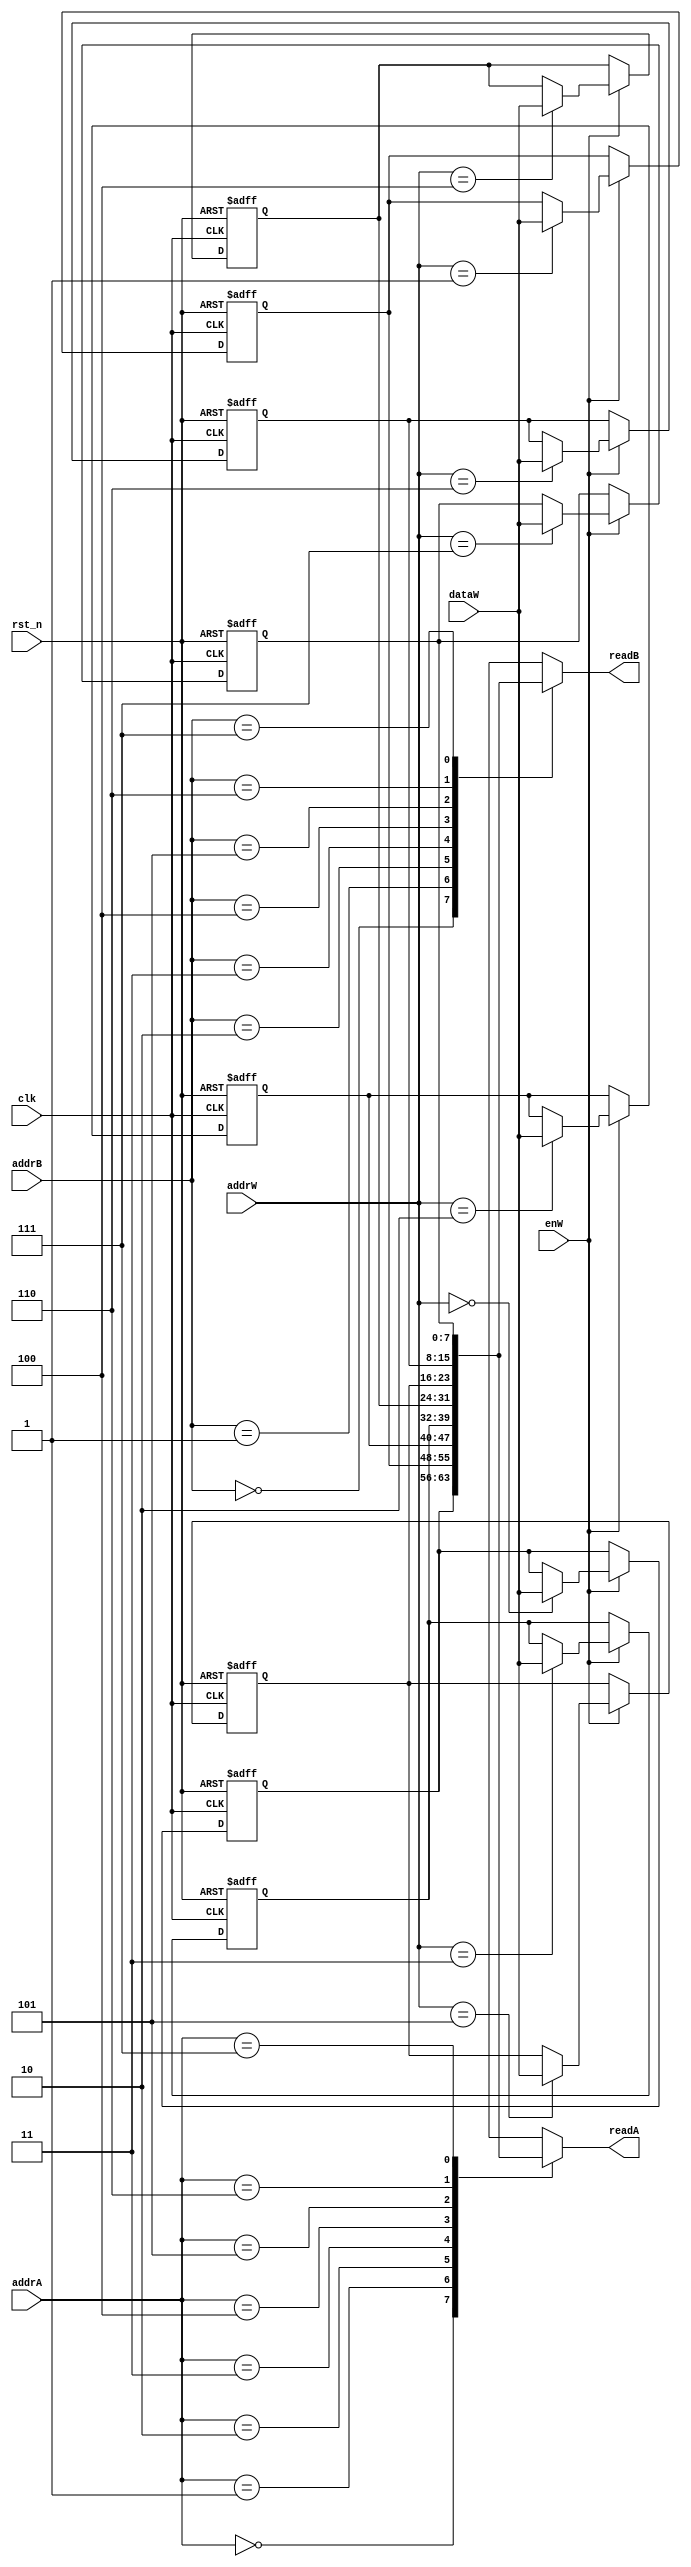
module RegisterFile(
  input  wire          clk,
  input  wire          rst_n,
  input  wire          enW,
  input  wire [2 : 0]  addrA,
  input  wire [2 : 0]  addrB,
  input  wire [2 : 0]  addrW,
  input  wire [7 : 0] dataW,
  output wire [7 : 0] readA,
  output wire [7 : 0] readB
);

reg [7 : 0] mem[0:7]; //FF
integer i;

always @(negedge clk, negedge rst_n) begin
  if(~rst_n) begin
    for(i = 0; i < 8; i = i + 1) begin
      mem[i] <= 8'b0;
    end
  end else begin
    if(enW)
      mem[addrW] <= dataW;
  end
end

assign readA = mem[addrA];
assign readB = mem[addrB];

endmodule